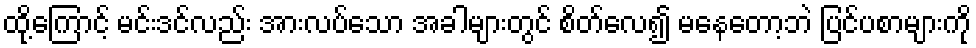
ထို့ကြောင့် မင်းဒင်လည်း အားလပ်သော အခါများတွင် စိတ်လေ၍ မနေတော့ဘဲ ပြင်ပစာများကို